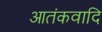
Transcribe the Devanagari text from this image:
आतंकवादि